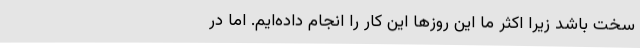
سخت باشد زیرا اکثر ما این روزها این کار را انجام داده‌ایم. اما در